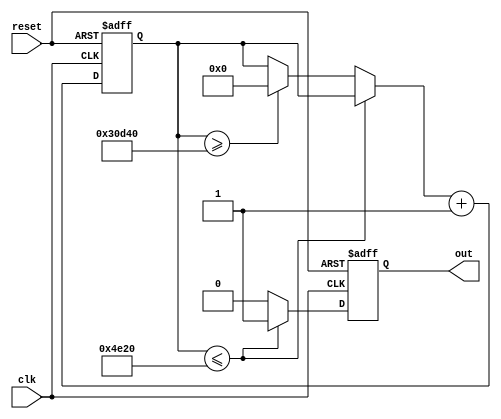
module PWM_generator(clk,reset,out);
 
 input wire clk;
 input wire reset;
 output reg out;
 
 reg[17:0] counter;

always@ ( posedge clk, negedge reset )
begin
 if(!reset) 
  begin 
   counter = 0;
   out = 0;
  end 
 else
  begin 
   if(counter <= 20000)
     begin 
      out = 1;
     end 
   else 
     begin
      out = 0;
      if(counter >= 200000)
       counter = 0; 
     end 
    counter = counter + 1;
  
  end
   

end 

endmodule